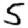
Digit: 5